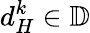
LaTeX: d_{H}^{k}\in\mathbb{D}